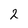
Character: 2